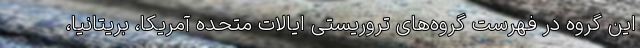
این گروه در فهرست گروه‌های تروریستی ایالات متحده آمریکا، بریتانیا،